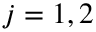
j = 1 , 2